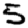
Digit: 5